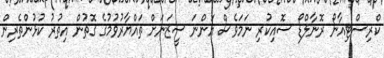
ކްރިސްޓިއާނޯ ރޮނާލްޑޯ ސޮއިކުރި ނަމަވެސް އަންނަ ސީޒަނަށް ތައްޔާރުވުމުގެ ގޮތުން އިތުރު ކުޅުންތެރިން